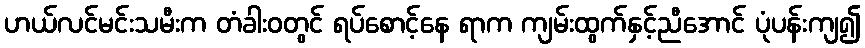
ဟယ်လင်မင်းသမီးက တံခါးဝတွင် ရပ်စောင့်နေ ရာက ကျမ်းထွက်နှင့်ညီအောင် ပုံပန်းကျ၍